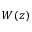
W ( z )